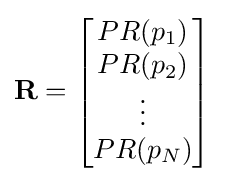
\mathbf {R} ={\begin{bmatrix}PR(p_{1})\\PR(p_{2})\\\vdots \\PR(p_{N})\end{bmatrix}}